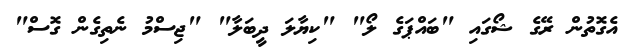
އެގޮތުން ރޭގެ ޝޯގައި "ބައްޕަގެ ލޯ" "ކިޔާލަ ދީބަލާ" "ޖިސްމު ނެތިގެން ގޮސް"